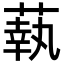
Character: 蓻